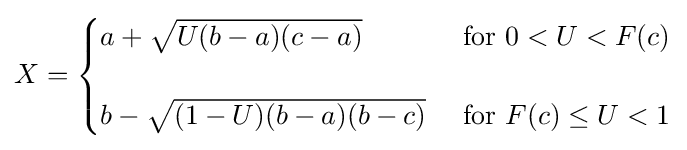
X={\begin{cases}a+{\sqrt {U(b-a)(c-a)}}&{\text{ for }}0<U<F(c)\\&\\b-{\sqrt {(1-U)(b-a)(b-c)}}&{\text{ for }}F(c)\leq U<1\end{cases}}